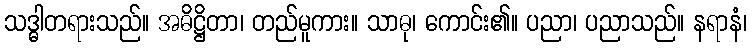
သဒ္ဓါတရားသည်။ အဓိဋ္ဌိတာ၊ တည်မူကား။ သာဓု၊ ကောင်း၏။ ပညာ၊ ပညာသည်။ နရာနံ၊